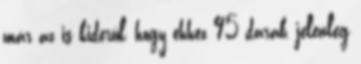
már az is kiderül, hogy ehhez 95 darab, jelenleg